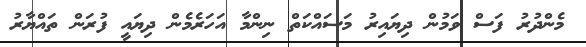
މެންދުރު ފަސް ވަމުން ދިޔައިރު މަަސައްކަތް ނިންމާ އަހަރެމެން ދިޔައީ ފުރަން ތައްޔާރު